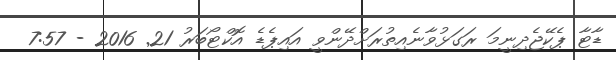
ޑާޓާ ޕެކޭޖެދިނީމަ ރަގަޅުވާނެއިތުރަށްދޭންވީ އައިޕެޑެ އޮކްޓޯބަރު 21